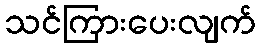
သင်ကြားပေးလျက်